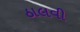
ઠાલવી